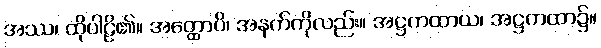
အဿ၊ ထိုပါဠိ၏။ အတ္ထောပိ၊ အနက်ကိုလည်း။ အဋ္ဌကထာယ၊ အဋ္ဌကထာ၌။